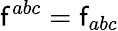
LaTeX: \mathsf{f}^{abc}=\mathsf{f}_{abc}